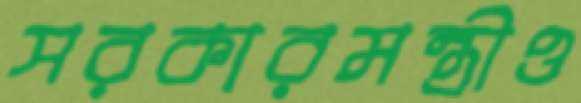
সরকারমন্ত্রীও